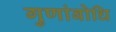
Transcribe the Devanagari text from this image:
गुणांबोधि